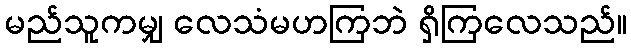
မည်သူကမျှ လေသံမဟကြဘဲ ရှိကြလေသည်။